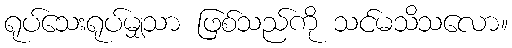
ရုပ်သေးရုပ်မျှသာ ဖြစ်သည်ကို သင်မသိသလော။